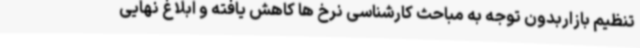
تنظیم بازاربدون توجه به مباحث کارشناسی نرخ ها کاهش یافته و ابلاغ نهایی